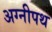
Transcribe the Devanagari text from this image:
अग्नीपथ